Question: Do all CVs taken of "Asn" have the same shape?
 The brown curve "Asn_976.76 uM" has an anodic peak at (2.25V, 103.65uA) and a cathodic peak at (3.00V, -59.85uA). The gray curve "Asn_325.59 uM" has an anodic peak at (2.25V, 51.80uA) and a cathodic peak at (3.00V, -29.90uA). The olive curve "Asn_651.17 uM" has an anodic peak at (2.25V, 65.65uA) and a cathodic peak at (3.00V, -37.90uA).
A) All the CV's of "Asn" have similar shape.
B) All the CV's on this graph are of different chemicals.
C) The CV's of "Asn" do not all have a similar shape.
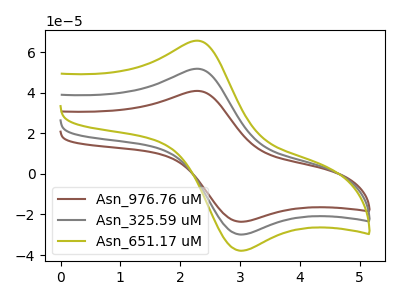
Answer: <think>All the peaks in "Asn_976.76 uM" have a peak in "Asn_325.59 uM" at the same potential. Every peak in "Asn_976.76 uM" is higher than every peak in "Asn_325.59 uM". All the peaks in "Asn_976.76 uM" have a peak in "Asn_651.17 uM" at the same potential. Every peak in "Asn_976.76 uM" is higher than every peak in "Asn_651.17 uM". All the peaks in "Asn_325.59 uM" have a peak in "Asn_651.17 uM" at the same potential. Every peak in "Asn_325.59 uM" is lower than every peak in "Asn_651.17 uM".
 </think>
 <answer>A) All the CV's of "Asn" have similar shape.</answer>
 <eval>A</eval>